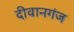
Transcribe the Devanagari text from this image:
दीवानगंज